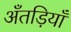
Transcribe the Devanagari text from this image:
अँतड़ियाँ